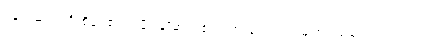
ပန်းပဲဆရာ ဦးစိန်ဝ၏ သမီး ချိုမာကလေးက ပြောရင်း မျက်ရည်တွေ ဝဲလာသည်။